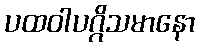
ပထဝါပဂ္ဂိသမာနော